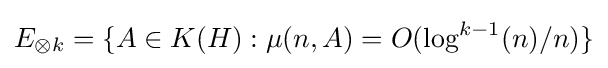
E_{\otimes k}=\{A\in K(H):\mu (n,A)=O(\log ^{k-1}(n)/n)\}